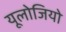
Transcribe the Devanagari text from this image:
यूलोजियो